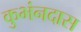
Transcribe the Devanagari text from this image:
कुभंनदास